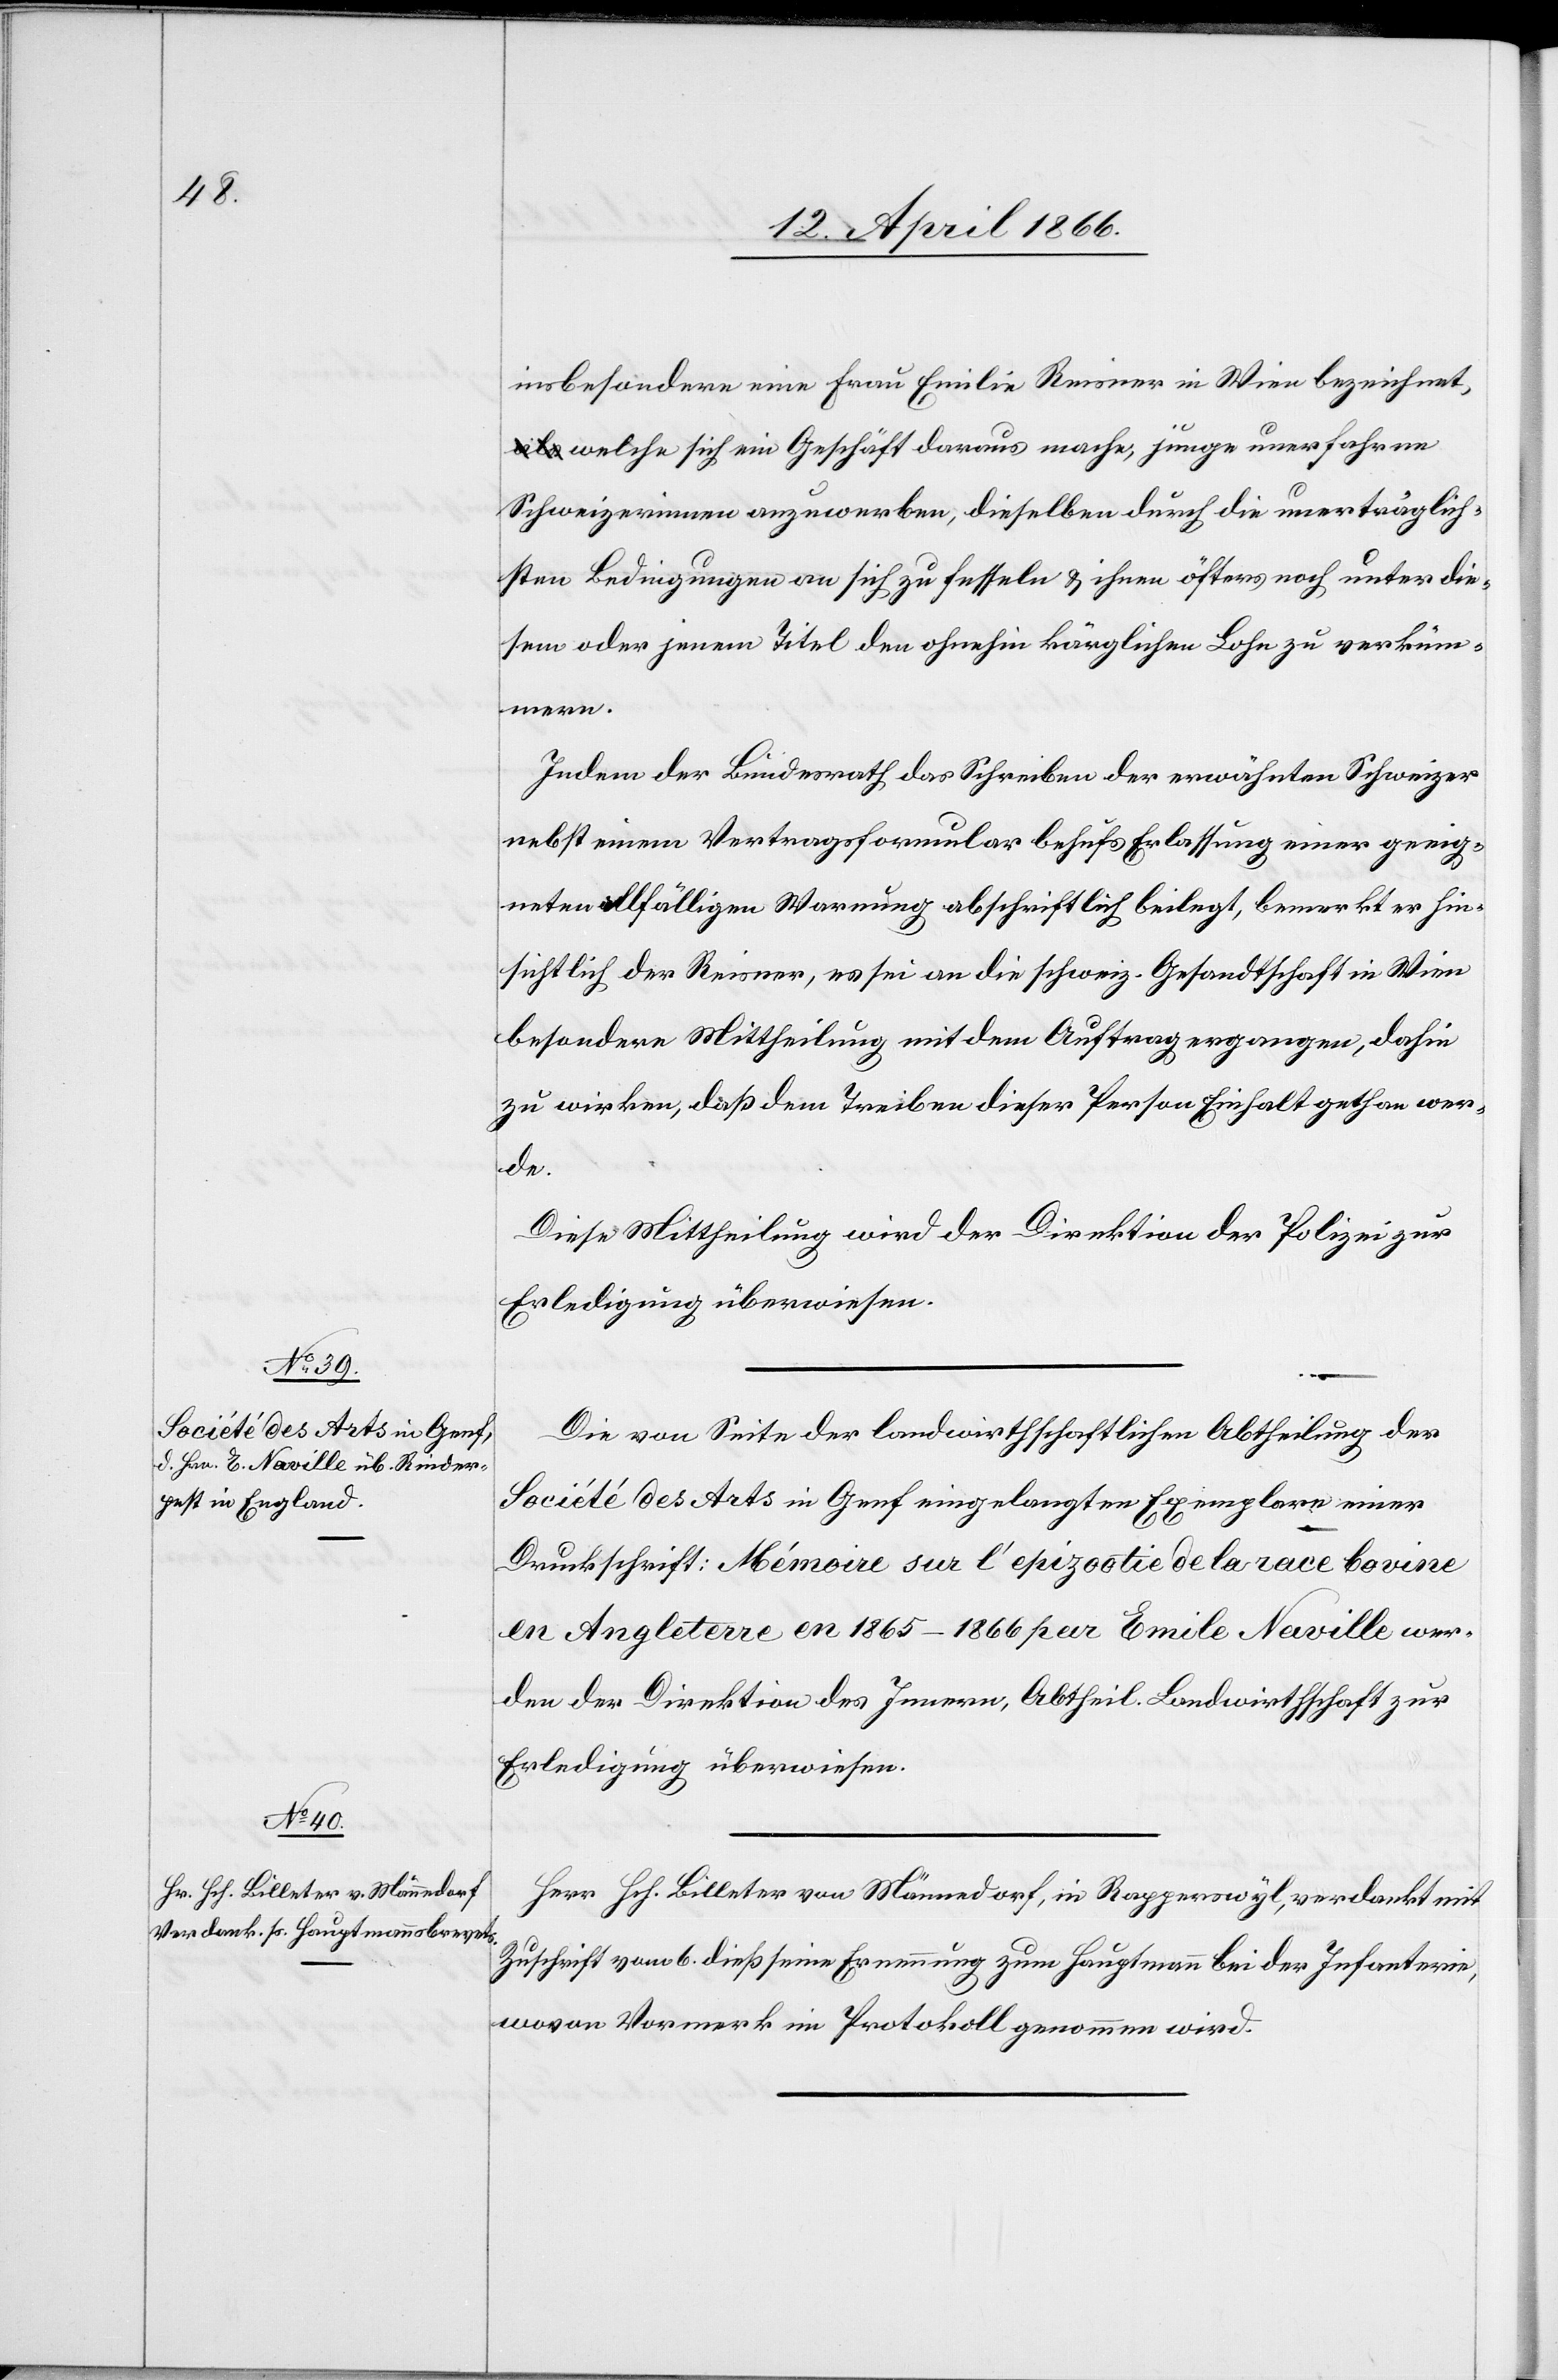
welche sich ein Geschäft daraus mache, junge unerfahrene
Schweizerinnen anzuwerben, dieselben durch die unerträglich¬
sten Bedingungen an sich zu fesseln u. ihnen öfters noch unter die¬
sem oder jenem Titel den ohnehin kärglichen Lohn zu verküm¬
mern.
Indem der Bundesrath das Schreiben der erwähnten Schweizer
nebst einem Vertragsformular behufs Erlassung einer geeig¬
neten allfälligen Warnung abschriftlich beilegt, bemerkt er hin¬
sichtlich der Reisner, es sei an die schweiz. Gesandtschaft in Wien
besondere Mittheilung mit dem Auftrag ergangen, dafür
zu wirken, daß dem Treiben dieser Person Einhalt gethan wer¬
de.
Diese Mittheilung wird der Direktion der Polizei zur
Erledigung überwiesen.
in Wien
Die von Seite der landwirthschaftlichen Abtheilung der
Société des Arts in Genf eingelangten Exemplare einer
Druckschrift: Mémoire sur l’epizootie de la race bavine
en Angleterre en 1865–1866 par Emile Naville wer¬
den der Direktion des Innern, Abtheil. Landwirthschaft zur
Erledigung überwiesen.
Herr Hch. Billeter von Männedorf, in Rappersweil, verdankt mit
Zuschrift vom 6. dieß seine Ernennung zum Hauptmann bei der Infanterie,
wovon Vormerk im Protokoll genommen wird.